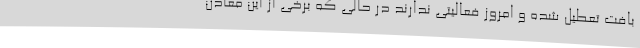
بافت تعطیل شده و امروز فعالیتی ندارند در حالی که برخی از این معادن